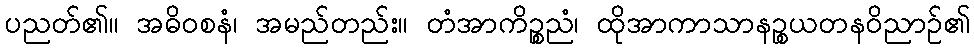
ပညတ်၏။ အဓိဝစနံ၊ အမည်တည်း။ တံအာကိဉ္စညံ၊ ထိုအာကာသာနဉ္စယတနဝိညာဉ်၏